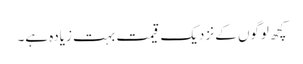
کچھ لوگوں کے نزدیک قیمت بہت زیادہ ہے۔